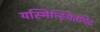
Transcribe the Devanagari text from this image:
यस्मिन्स्थितमिदं